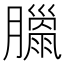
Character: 𦡳